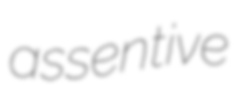
assentive